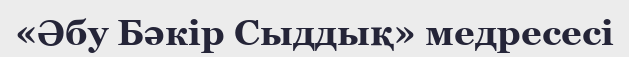
«Әбу Бәкір Сыддық» медресесі